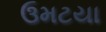
ઉમટયા